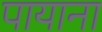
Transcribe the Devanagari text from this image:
पायाना